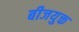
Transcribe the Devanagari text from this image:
बीजयुक्त